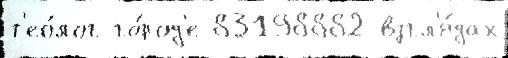
т'ео́лог го́род'е 83198882 взгл'я́дах